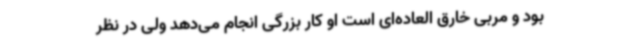
بود و مربی خارق العاده‌ای است او کار بزرگی انجام می‌دهد ولی در نظر